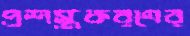
প্রশস্তকরণের